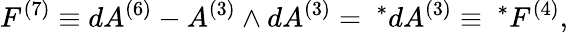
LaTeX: F^{(7)}\equiv dA^{(6)}-A^{(3)}\wedge dA^{(3)}={~}^{*}dA^{(3)}\equiv{~}^{*}F^{(4)},